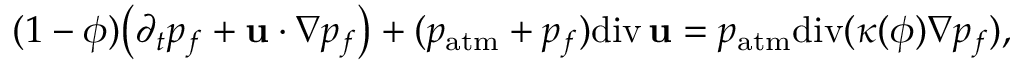
( 1 - \phi ) \big ( \partial _ { t } p _ { f } + { \bf u } \cdot \nabla p _ { f } \big ) + ( p _ { \mathrm { a t m } } + p _ { f } ) \mathrm { d i v } \, { \bf u } = p _ { \mathrm { a t m } } \mathrm { d i v } ( \kappa ( \phi ) \nabla p _ { f } ) ,